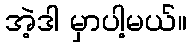
အဲ့ဒါ မှာပါ့မယ်။